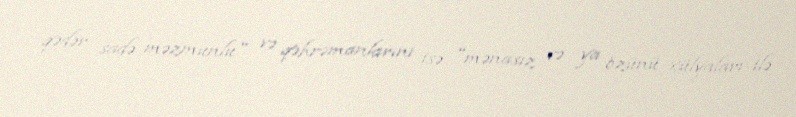
qədər sadə məzmunlu" və qəhrəmanlarını isə "mənasız və ya özünü xülyaları ilə